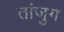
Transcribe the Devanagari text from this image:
तांजुग